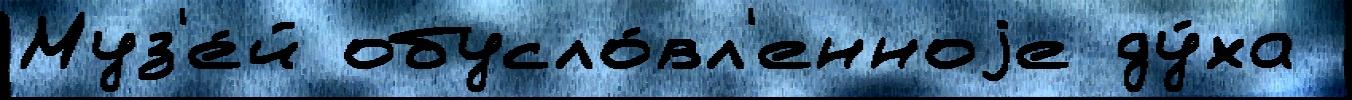
Муз'е́й обусло́вл'енноjе ду́ха